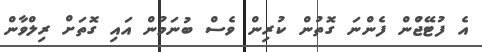
އެ ފުޓޭޖްުން ފެންނަ ގޮތުން ކުރިން ވެސް ބުނަމުން އައި ގޮތަށް ރިލްވާން